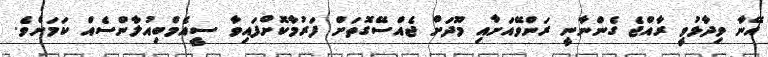
އޭނާ ވިދާޅުވީ ރާއްޖެ ގެންނާނީ ރަންވޭއަށާއި މޫދަށް ޖެއްސޭގޮތަށް ފަރުމާކޮށްފައިވާ ސީއެމްބިއުލާންސެއް ކަމަށެވެ.